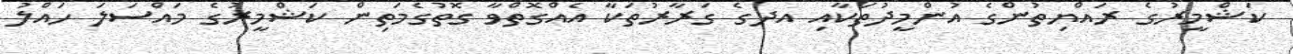
ކަޝްމީރުގެ ރައްޔިތުންގެ އުންމީދުތަކާއި އދގެ ގަރާރުތަކާ އެއްގޮތްވާ ގޮތުގެމަތިން ކަޝްމީރުގެ މައްސަލަ ހައްލު